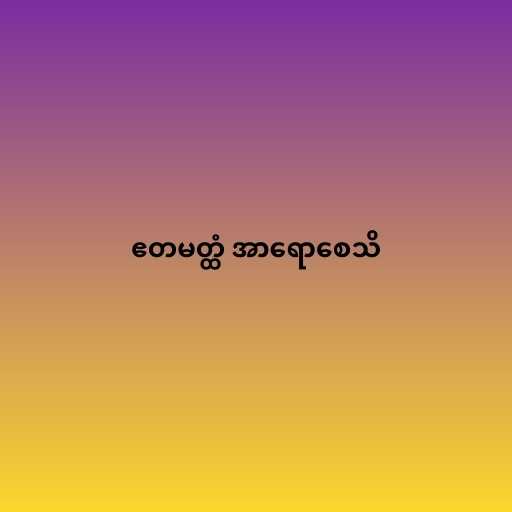
ဧတမတ္ထံ အာရောစေသိ